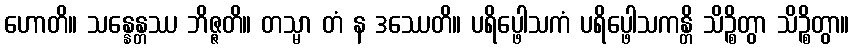
ဟောတိ။ သန္နေန္တဿ ဘိဇ္ဇတိ။ တသ္မာ တံ န ဒဿေတိ။ ပရိပ္ဖေါသကံ ပရိပ္ဖေါသကန္တိ သိဉ္စိတွာ သိဉ္စိတွာ။